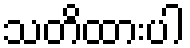
သတိထားပါ